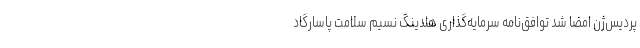
پردیس‌ژن امضا شد توافق‌نامه سرمایه‌گذاری هلدینگ نسیم سلامت پاسارگاد